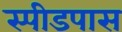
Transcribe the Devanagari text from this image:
स्पीडपास